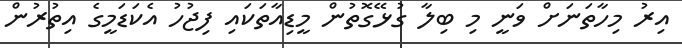
އިރު މިހާތަނަށް ވަނީ މި ބިލާ ގުޅޭގޮތުން މީޑިއާތަކައި ފިޖުހު އެކަޑަމީގެ އިތުރުން